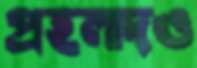
প্রহলাদও